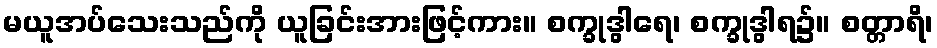
မယူအပ်သေးသည်ကို ယူခြင်းအားဖြင့်ကား။ စက္ခုဒွါရေ၊ စက္ခုဒွါရ၌။ စတ္တာရိ၊